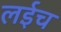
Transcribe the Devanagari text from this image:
लईच